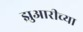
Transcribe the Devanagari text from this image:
झुआरीच्या